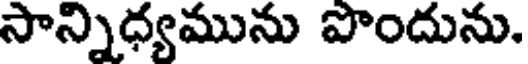
సాన్నిధ్యమును పొందును.